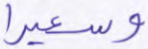
وسعيرا